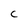
Character: C